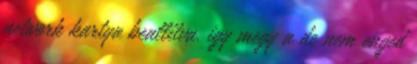
network kartya beallitva. igy megy a de nem enged